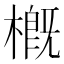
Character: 槪